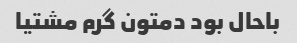
باحال بود دمتون گرم مشتیا